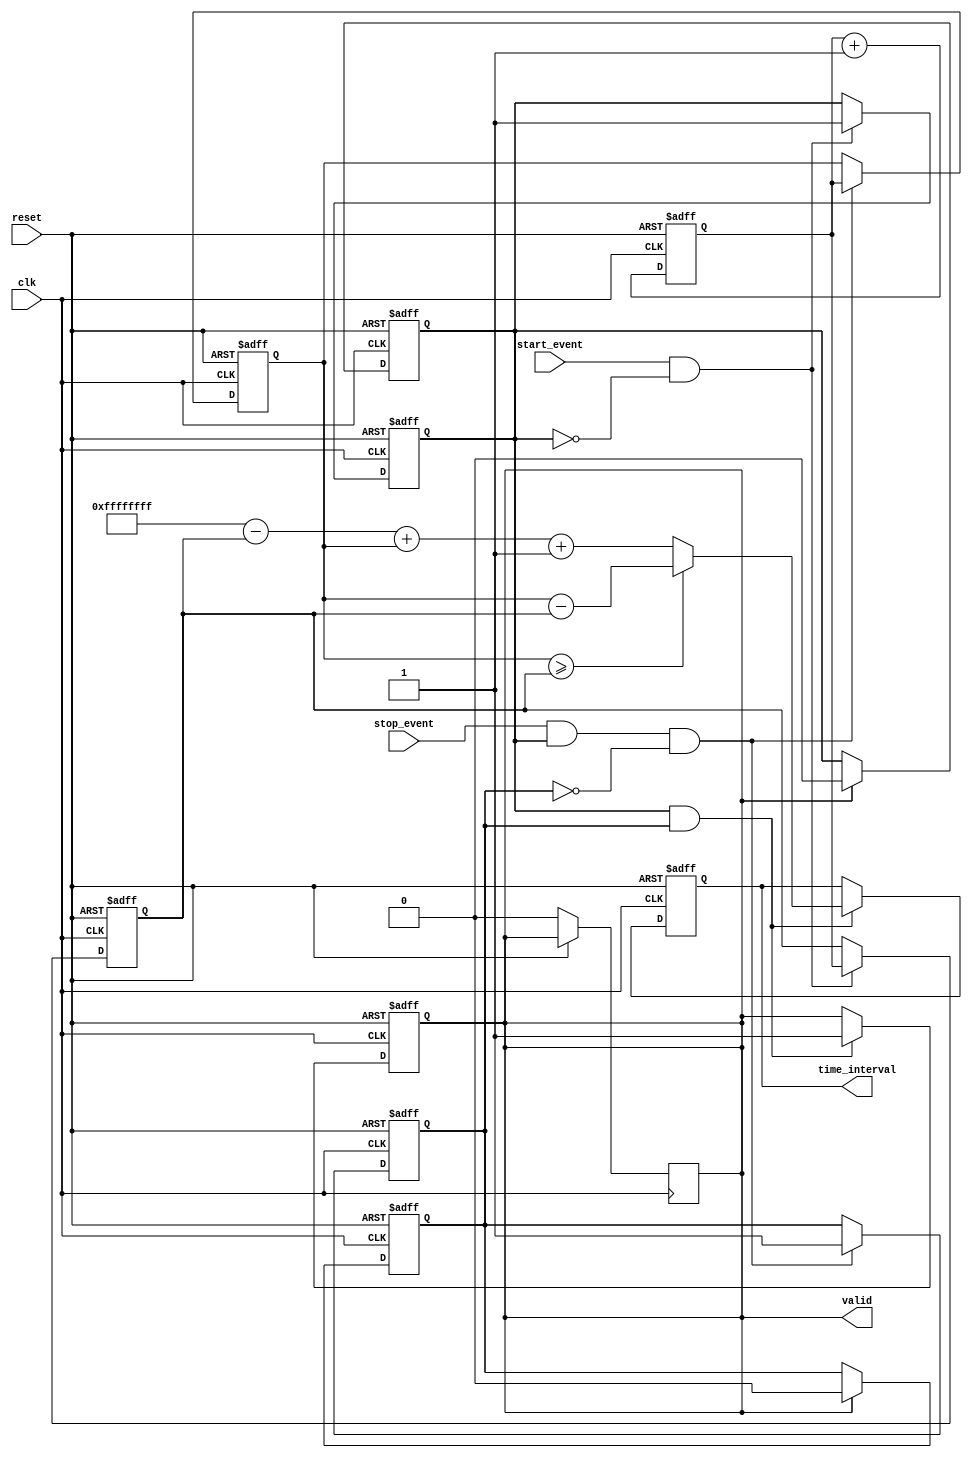
module MemoryBlocksSingleShotTDC (
    input wire clk,           // High-frequency clock
    input wire reset,         // Reset signal
    input wire start_event,   // Start event signal
    input wire stop_event,    // Stop event signal
    output reg [31:0] time_interval, // Output time interval
    output reg valid          // Indicates valid output
);

    // Internal signals
    reg [31:0] start_time;    // Timestamp for start event
    reg [31:0] stop_time;     // Timestamp for stop event
    reg start_captured;       // Flag to indicate start time captured
    reg stop_captured;        // Flag to indicate stop time captured

    // Clock counter
    reg [31:0] clock_counter; // 32-bit clock counter

    // Initialization Logic
    always @(posedge clk or posedge reset) begin
        if (reset) begin
            clock_counter <= 32'b0;
            start_time <= 32'b0;
            stop_time <= 32'b0;
            start_captured <= 1'b0;
            stop_captured <= 1'b0;
            time_interval <= 32'b0;
            valid <= 1'b0;
        end else begin
            clock_counter <= clock_counter + 1;

            // Detect start event
            if (start_event && !start_captured) begin
                start_time <= clock_counter; // Capture start time
                start_captured <= 1'b1;       // Set flag
            end

            // Detect stop event
            if (stop_event && start_captured && !stop_captured) begin
                stop_time <= clock_counter;   // Capture stop time
                stop_captured <= 1'b1;         // Set flag
            end

            // Calculate time interval when both events are captured
            if (start_captured && stop_captured) begin
                if (stop_time >= start_time) begin
                    time_interval <= stop_time - start_time; // Normal case
                end else begin
                    time_interval <= (32'hFFFFFFFF - start_time) + stop_time + 1; // Wrap around case
                end
                valid <= 1'b1; // Indicate valid output
            end
        end
    end

    // Reset capturing flags for next measurement cycle
    always @(posedge clk or posedge reset) begin
        if (reset) begin
            start_captured <= 1'b0;
            stop_captured <= 1'b0;
        end else if (valid) begin
            start_captured <= 1'b0; // Reset for next measurement
            stop_captured <= 1'b0;  // Reset for next measurement
            valid <= 1'b0;          // Reset valid output
        end
    end

endmodule